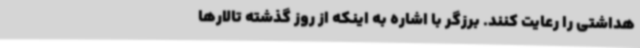
هداشتی را رعایت کنند. برزگر با اشاره به اینکه از روز گذشته تالارها